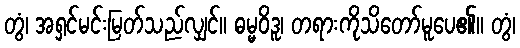
တွံ၊ အရှင်မင်းမြတ်သည်လျှင်။ ဓမ္မဝိဒူ၊ တရားကိုသိတော်မူပေ၏။ တွံ၊